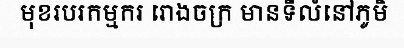
មុខរបរកម្មករ រោងចក្រ មានទីលំនៅភូមិ